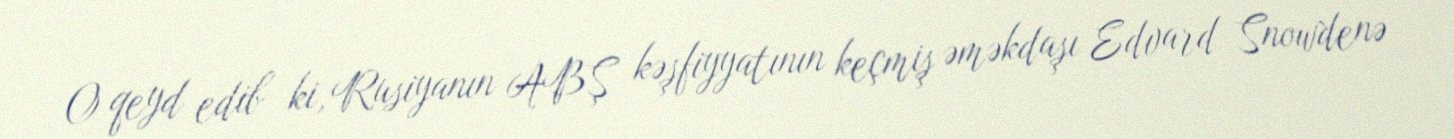
O qeyd edib ki, Rusiyanın ABŞ kəşfiyyatının keçmiş əməkdaşı Edvard Snowdenə